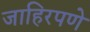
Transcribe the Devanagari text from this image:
जाहिरपणे